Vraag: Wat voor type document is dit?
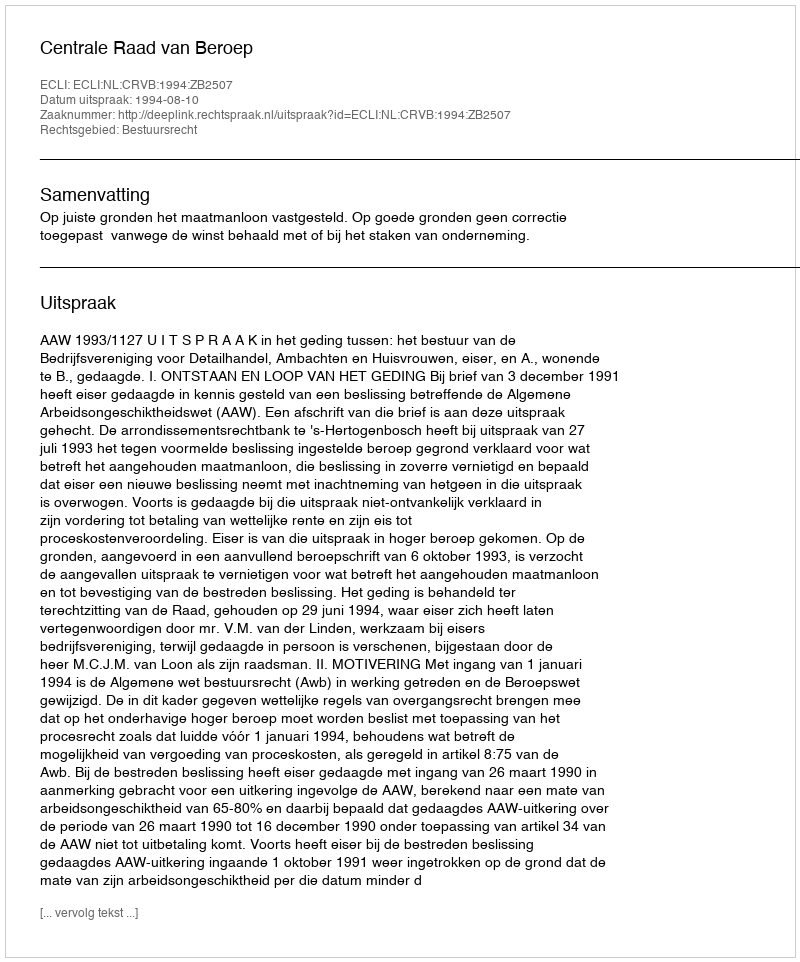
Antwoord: Uitspraak